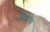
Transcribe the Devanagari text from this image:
बिस्त्रोव्ह